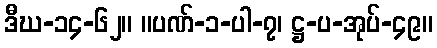
ဒီဃ-၁၄-၆၂။ ။ပဏ်-၁-ပါ-၇၊ ဋ္ဌ-ပ-အုပ်-၄၉။